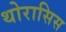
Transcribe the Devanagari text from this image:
थोरासिस